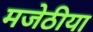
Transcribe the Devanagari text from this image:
मजेठीया